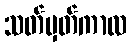
သတ်မှတ်ကာလ